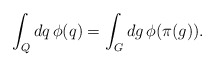
\begin{align*}\int_Q dq \, \phi( q )=\int_G dg \, \phi( \pi ( g ) ).\end{align*}